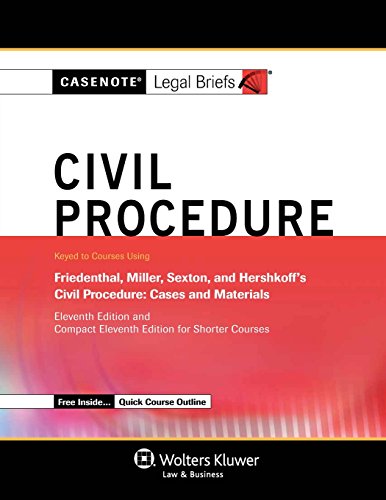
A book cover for Casenote Legal Briefs: Civil Procedure, Keyed to Friedenthal, Miller, Sexton, and Hershkoff, Eleventh Edition; Casenote Legal Briefs; Law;